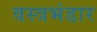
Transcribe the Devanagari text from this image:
वस्त्रभंडार